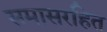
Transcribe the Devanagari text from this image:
समासरहित